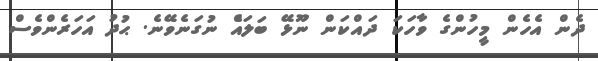
ދެން އެހެން މީހުންގެ ވާހަކަ ދައްކަން ނޫޅޭ ބަލައެް ނުގަނެވޭނެ. ޙުދު އަހަރެންވެސް